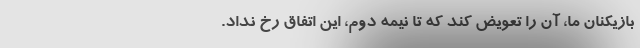
بازیکنان ما، آن را تعویض کند که تا نیمه دوم، این اتفاق رُخ نداد.